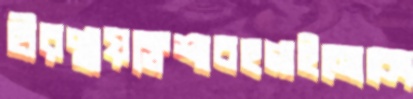
হীরণ্ময়ক্লেশাবহগাইনোকো